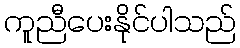
ကူညီပေးနိုင်ပါသည်